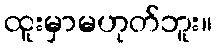
ထူးမှာမဟုတ်ဘူး။